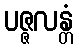
ပဇ္ဇလန္တံ